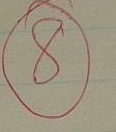
8